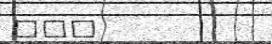
١٠٧